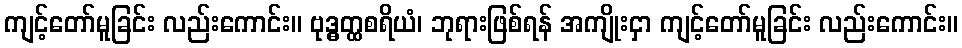
ကျင့်တော်မူခြင်း လည်းကောင်း။ ဗုဒ္ဓတ္ထစရိယံ၊ ဘုရားဖြစ်ရန် အကျိုးငှာ ကျင့်တော်မူခြင်း လည်းကောင်း။